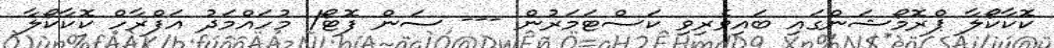
ކޮކާކޯލާ ޕްރޮމޯޝަންގައި ބައިވެރިވި ކަސްޓަމަރުން --- ސަން ފޮޓޯ/ މުހައްމަދު އަފްރާހް ކޮކާކޯލާ